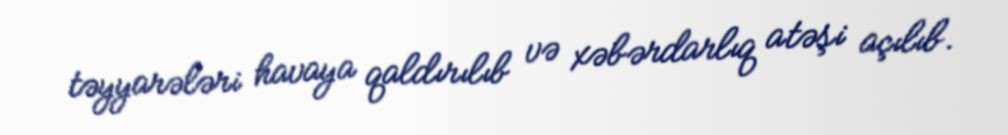
təyyarələri havaya qaldırılıb və xəbərdarlıq atəşi açılıb.